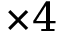
\times 4